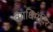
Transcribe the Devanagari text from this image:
व्याधिमंदिर